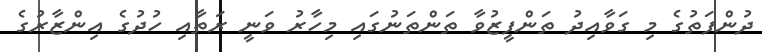
ދުންފަތުގެ މި ގަވާއިދު ތަންފީޒުވާ ތަންތަނުގައި މިހާރު ވަނީ ރަތާއި ހުދުގެ އިންޒާރުގެ